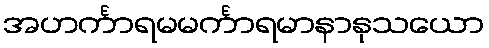
အဟင်္ကာရမမင်္ကာရမာနာနုသယော